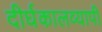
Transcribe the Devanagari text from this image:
दीर्घकालव्यापी